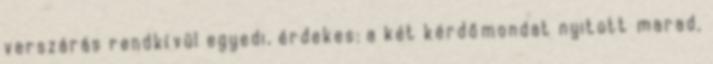
verszárás rendkívül egyedi, érdekes: a két kérdőmondat nyitott marad,